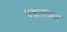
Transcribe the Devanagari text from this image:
पश्चातच्या